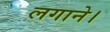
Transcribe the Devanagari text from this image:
लगाने।